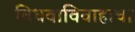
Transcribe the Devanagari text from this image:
विधवाविवाहाचा